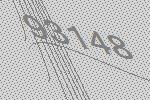
93148